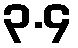
၃.၄